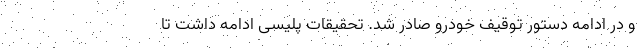
و در ادامه دستور توقیف خودرو صادر شد. تحقیقات پلیسی ادامه داشت تا